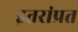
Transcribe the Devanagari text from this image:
इतरांप्रत